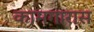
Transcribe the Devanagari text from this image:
कामगारास